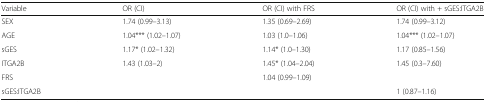
| Variable | OR (CI) | OR (CI) with FRS | OR (CI) with + sGES:ITGA2B |
 | --- | --- | --- | --- |
 | SEX | 1.74 (0.99–3.13) | 1.35 (0.69–2.69) | 1.74 (0.99–3.12) |
 | AGE | 1.04*** (1.02–1.07) | 1.03 (1.0–1.06) | 1.04*** (1.02–1.07) |
 | sGES | 1.17* (1.02–1.32) | 1.14* (1.0–1.30) | 1.17 (0.85–1.56) |
 | ITGA2B | 1.43 (1.03–2) | 1.45* (1.04–2.04) | 1.45 (0.3–7.60) |
 | FRS |  | 1.04 (0.99–1.09) |  |
 | sGES:ITGA2B |  |  | 1 (0.87–1.16) |